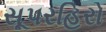
સૂપરહિરો